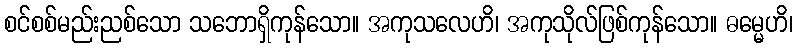
စင်စစ်မည်းညစ်သော သဘောရှိကုန်သော။ အကုသလေဟိ၊ အကုသိုလ်ဖြစ်ကုန်သော။ ဓမ္မေဟိ၊